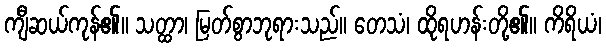
ကျီဆယ်ကုန်၏။ သတ္ထာ၊ မြတ်စွာဘုရားသည်။ တေသံ၊ ထိုရဟန်းတို့၏။ ကိရိယံ၊